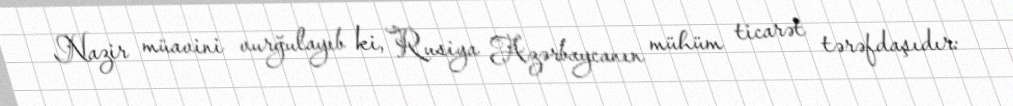
Nazir müavini vurğulayıb ki, Rusiya Azərbaycanın mühüm ticarət tərəfdaşıdır: